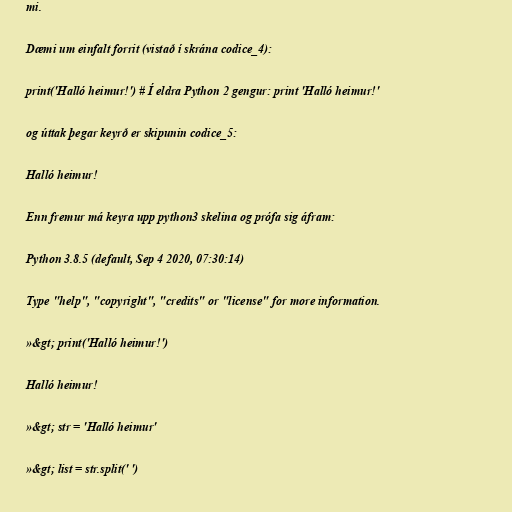
mi.

Dæmi um einfalt forrit (vistað í skrána codice_4):

print('Halló heimur!') # Í eldra Python 2 gengur: print 'Halló heimur!'

og úttak þegar keyrð er skipunin codice_5:

Halló heimur!

Enn fremur má keyra upp python3 skelina og prófa sig áfram:

Python 3.8.5 (default, Sep 4 2020, 07:30:14)

Type "help", "copyright", "credits" or "license" for more information.

»&gt; print('Halló heimur!')

Halló heimur!

»&gt; str = 'Halló heimur'

»&gt; list = str.split(' ')